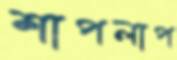
শাপলাপ